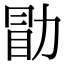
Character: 勖